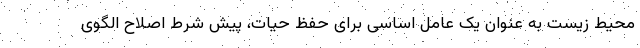
محیط زیست به عنوان یک عامل اساسی برای حفظ حیات، پیش شرط اصلاح الگوی